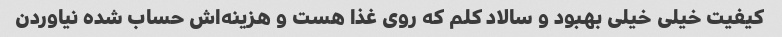
کیفیت خیلی خیلی بهبود و سالاد کلم که روی غذا هست و هزینه‌اش حساب شده نیاوردن